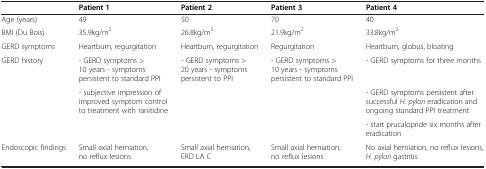
<table><thead><tr><td><b> </b></td><td><b>Patient 1</b></td><td><b>Patient 2</b></td><td><b>Patient 3</b></td><td><b>Patient 4</b></td></tr></thead><tbody><tr><td>Age (years)</td><td>49</td><td>50</td><td>70</td><td>40</td></tr><tr><td>BMI (Du Bois)</td><td>35.9kg/m<sup>2</sup></td><td>26.8kg/m<sup>2</sup></td><td>21.9kg/m<sup>2</sup></td><td>33.8kg/m<sup>2</sup></td></tr><tr><td>GERD symptoms</td><td>Heartburn, regurgitation</td><td>Heartburn, regurgitation</td><td>Regurgitation</td><td>Heartburn, globus, bloating</td></tr><tr><td rowspan="3">GERD history</td><td>- GERD symptoms &gt;10 years - symptoms persistent to standard PPI</td><td rowspan="3">- GERD symptoms &gt;20 years - symptoms persistent to PPI</td><td rowspan="3">- GERD symptoms &gt;10 years - symptoms persistent to standard PPI</td><td>- GERD symptoms for three months</td></tr><tr><td rowspan="2">- subjective impression of improved symptom control to treatment with ranitidine</td><td>- GERD symptoms persistent after successful <i>H. pylori</i> eradication and ongoing standard PPI treatment</td></tr><tr><td>- start prucalopride six months after eradication</td></tr><tr><td>Endoscopic findings</td><td>Small axial herniation, no reflux lesions</td><td>Small axial herniation, ERD LA C</td><td>Small axial herniation, no reflux lesions</td><td>No axial herniation, no reflux lesions, <i>H. pylori</i> gastritis</td></tr></tbody></table>